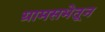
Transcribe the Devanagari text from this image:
ग्रामसभेतून